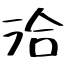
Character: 洽